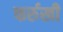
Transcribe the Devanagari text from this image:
फर्रुखी